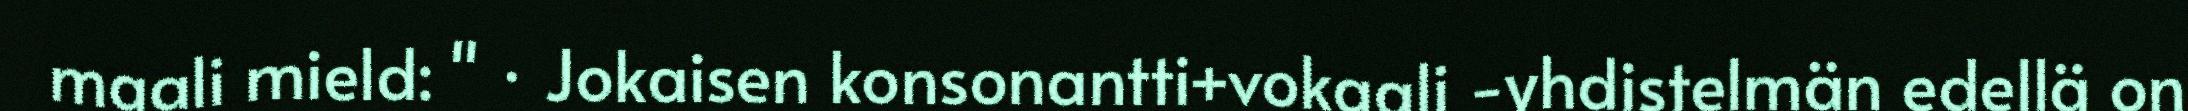
maali mield: " · Jokaisen konsonantti+vokaali -yhdistelmän edellä on